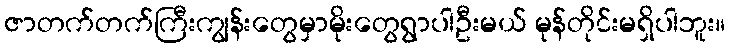
ဇာတက်တက်ကြီးကျွန်းတွေမှာမိုးတွေရွာပါဦးမယ် မုန်တိုင်းမရှိပါဘူး။